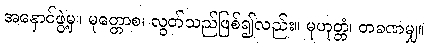
အနှောင်ဖွဲ့မှ။ မုတ္တောစ၊ လွတ်သည်ဖြစ်၍လည်း။ မုဟုတ္တံ၊ တခဏမျှ။